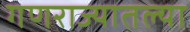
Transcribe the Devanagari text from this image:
गणराज्यातल्या